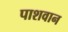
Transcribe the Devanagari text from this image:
पाशवान